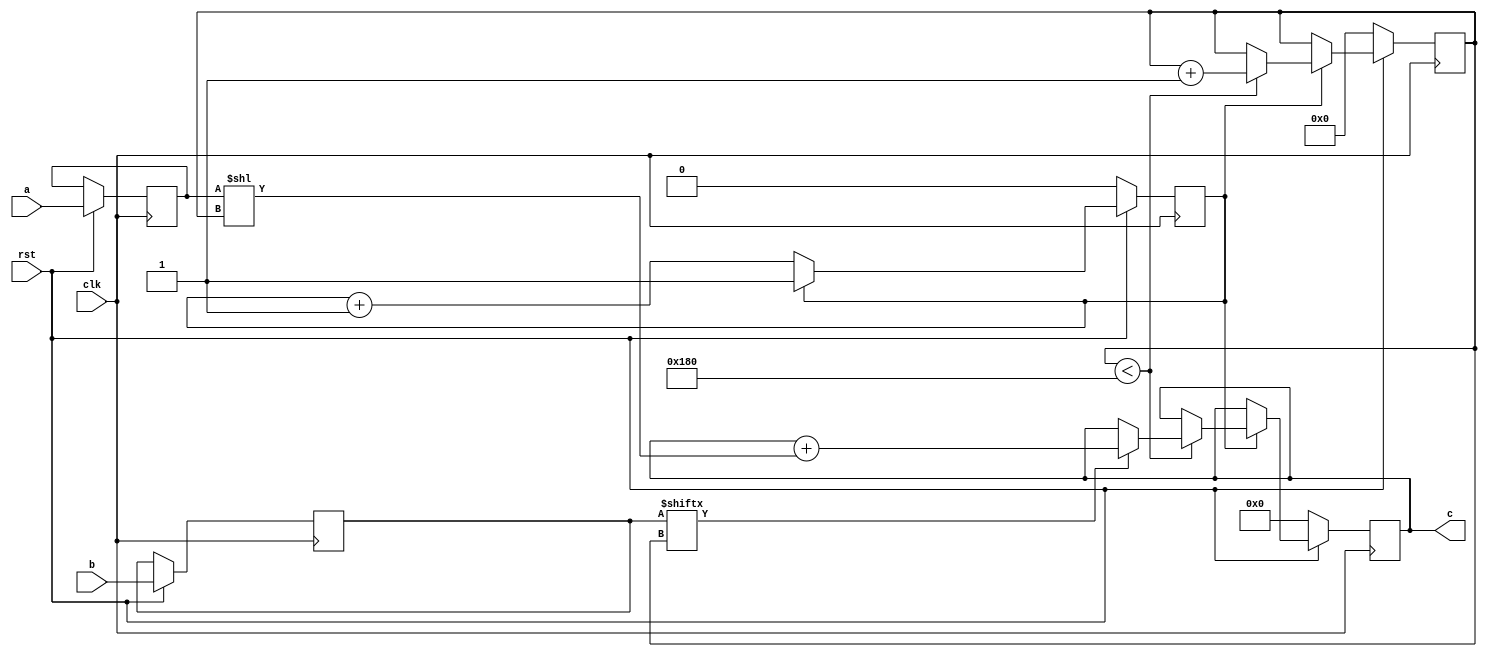
// TalTech large integer multiplier library
// Multiplier type: schoolbook
// Parameters: 384 384 2
// Target tool: genus
module schoolbook(clk, rst, a, b, c);
input clk;
input rst;
input [383:0] a;
input [383:0] b;
output reg [767:0] c;

reg [383:0] a_temp_1;
reg [383:0] b_temp_1;

reg  [8:0] count;
reg skip;

always @(posedge clk) begin
	if (rst == 1'b0) begin
		c <= 768'd0;
		count <= 9'd0;
		skip <= 1'd0;
	end
	else begin
		a_temp_1 <= a;
		b_temp_1 <= b;
		if (skip != 1) skip <= skip + 1;
		else begin
			if (count < 384) begin
				if (b_temp_1[count] == 1) begin
					c <= c + (a_temp_1 << count);
				end
				count <= count + 1;
			end
		end
	end
end
endmodule